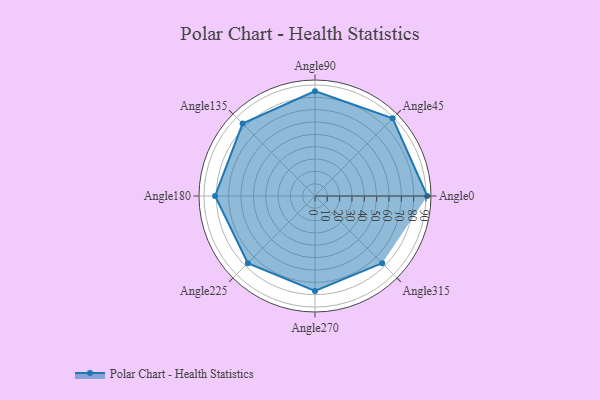
{"axis": {"x": "Angle", "y": "Radius"}, "legend": [""], "data": [{"x": "Angle0", "y": 91.0, "type": ""}, {"x": "Angle45", "y": 89.0, "type": ""}, {"x": "Angle90", "y": 85.0, "type": ""}, {"x": "Angle135", "y": 83.0, "type": ""}, {"x": "Angle180", "y": 81.0, "type": ""}, {"x": "Angle225", "y": 77.0, "type": ""}, {"x": "Angle270", "y": 77.0, "type": ""}, {"x": "Angle315", "y": 77.0, "type": ""}]}